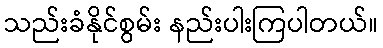
သည်းခံနိုင်စွမ်း နည်းပါးကြပါတယ်။